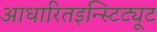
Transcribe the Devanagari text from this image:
आधारितइन्स्टिट्यूट